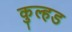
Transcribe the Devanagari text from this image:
कुल्हड